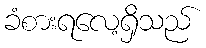
ခံစားရလေ့ရှိသည်